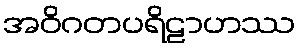
အဝိဂတပရိဠာဟဿ